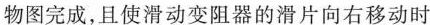
物图完成，且使滑动变阻器的滑片向右移动时